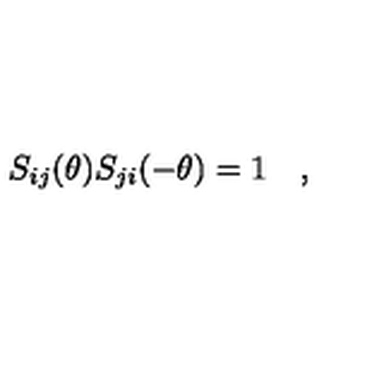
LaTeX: S _ { i j } ( \theta ) S _ { j i } ( - \theta ) = 1 \quad ,